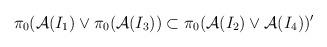
\begin{align*}\pi_0({\cal A}(I_1) \vee \pi_0 ({\cal A}(I_3)) \subset \pi_0 ({\cal A} (I_2)\vee{\cal A}(I_4))'\end{align*}